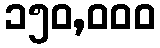
၁၅၀,၀၀၀